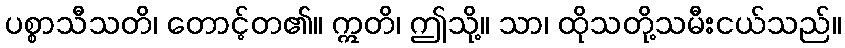
ပစ္စာသီသတိ၊ တောင့်တ၏။ ဣတိ၊ ဤသို့။ သာ၊ ထိုသတို့သမီးငယ်သည်။